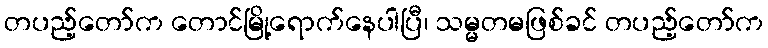
တပည့်တော်က တောင်မြို့ရောက်နေပါပြီ၊ သမ္မတမဖြစ်ခင် တပည့်တော်က